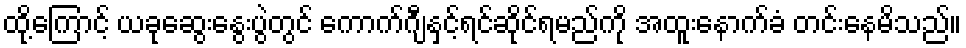
ထို့ကြောင့် ယခုဆွေးနွေးပွဲတွင် ကောက်ဂျီနှင့်ရင်ဆိုင်ရမည်ကို အထူးနောက်ခံ တင်းနေမိသည်။